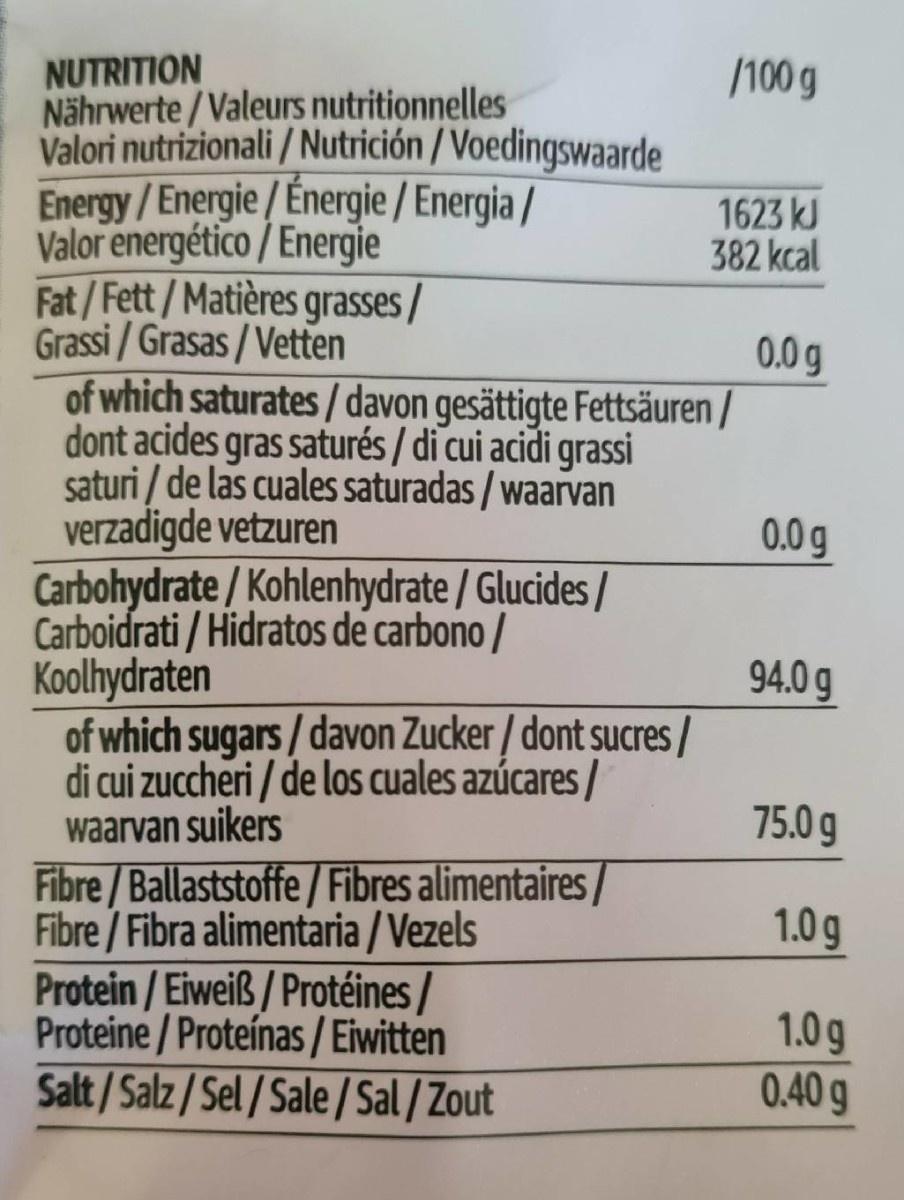
NUTRITION Nährwerte / Valeurs nutritionnelles Valori nutrizionali / Nutrición / Voedingswaarde Energy/Energie/Énergie / Energia / Valor energético / Energie Fat/Fett/Matières grasses/ Grassi / Grasas / Vetten of which saturates / davon gesättigte Fettsäuren / dont acides gras saturés / di cui acidi grassi saturi / de las cuales saturadas / waarvan verzadigde vetzuren Carbohydrate / Kohlenhydrate / Glucides / Carboidrati / Hidratos de carbono / Koolhydraten of which sugars/ davon Zucker / dont sucres/ di cui zuccheri / de los cuales azúcares / waarvan suikers
/100 g
1623 kJ 382 kcal
0.0 g
0.0g
94.0 g
75.0 g
Fibre/Ballaststoffe/ Fibres alimentaires/ Fibre / Fibra alimentaria / Vezels Protein /Eiweiß/Protéines / Proteine/ Proteínas / Eiwitten Salt/Salz / Sel / Sale /Sal / Zout
1.0 g
1.0g 0.40 g